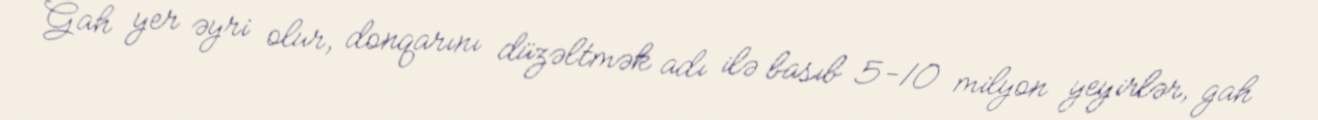
Gah yer əyri olur, donqarını düzəltmək adı ilə basıb 5-10 milyon yeyirlər, gah